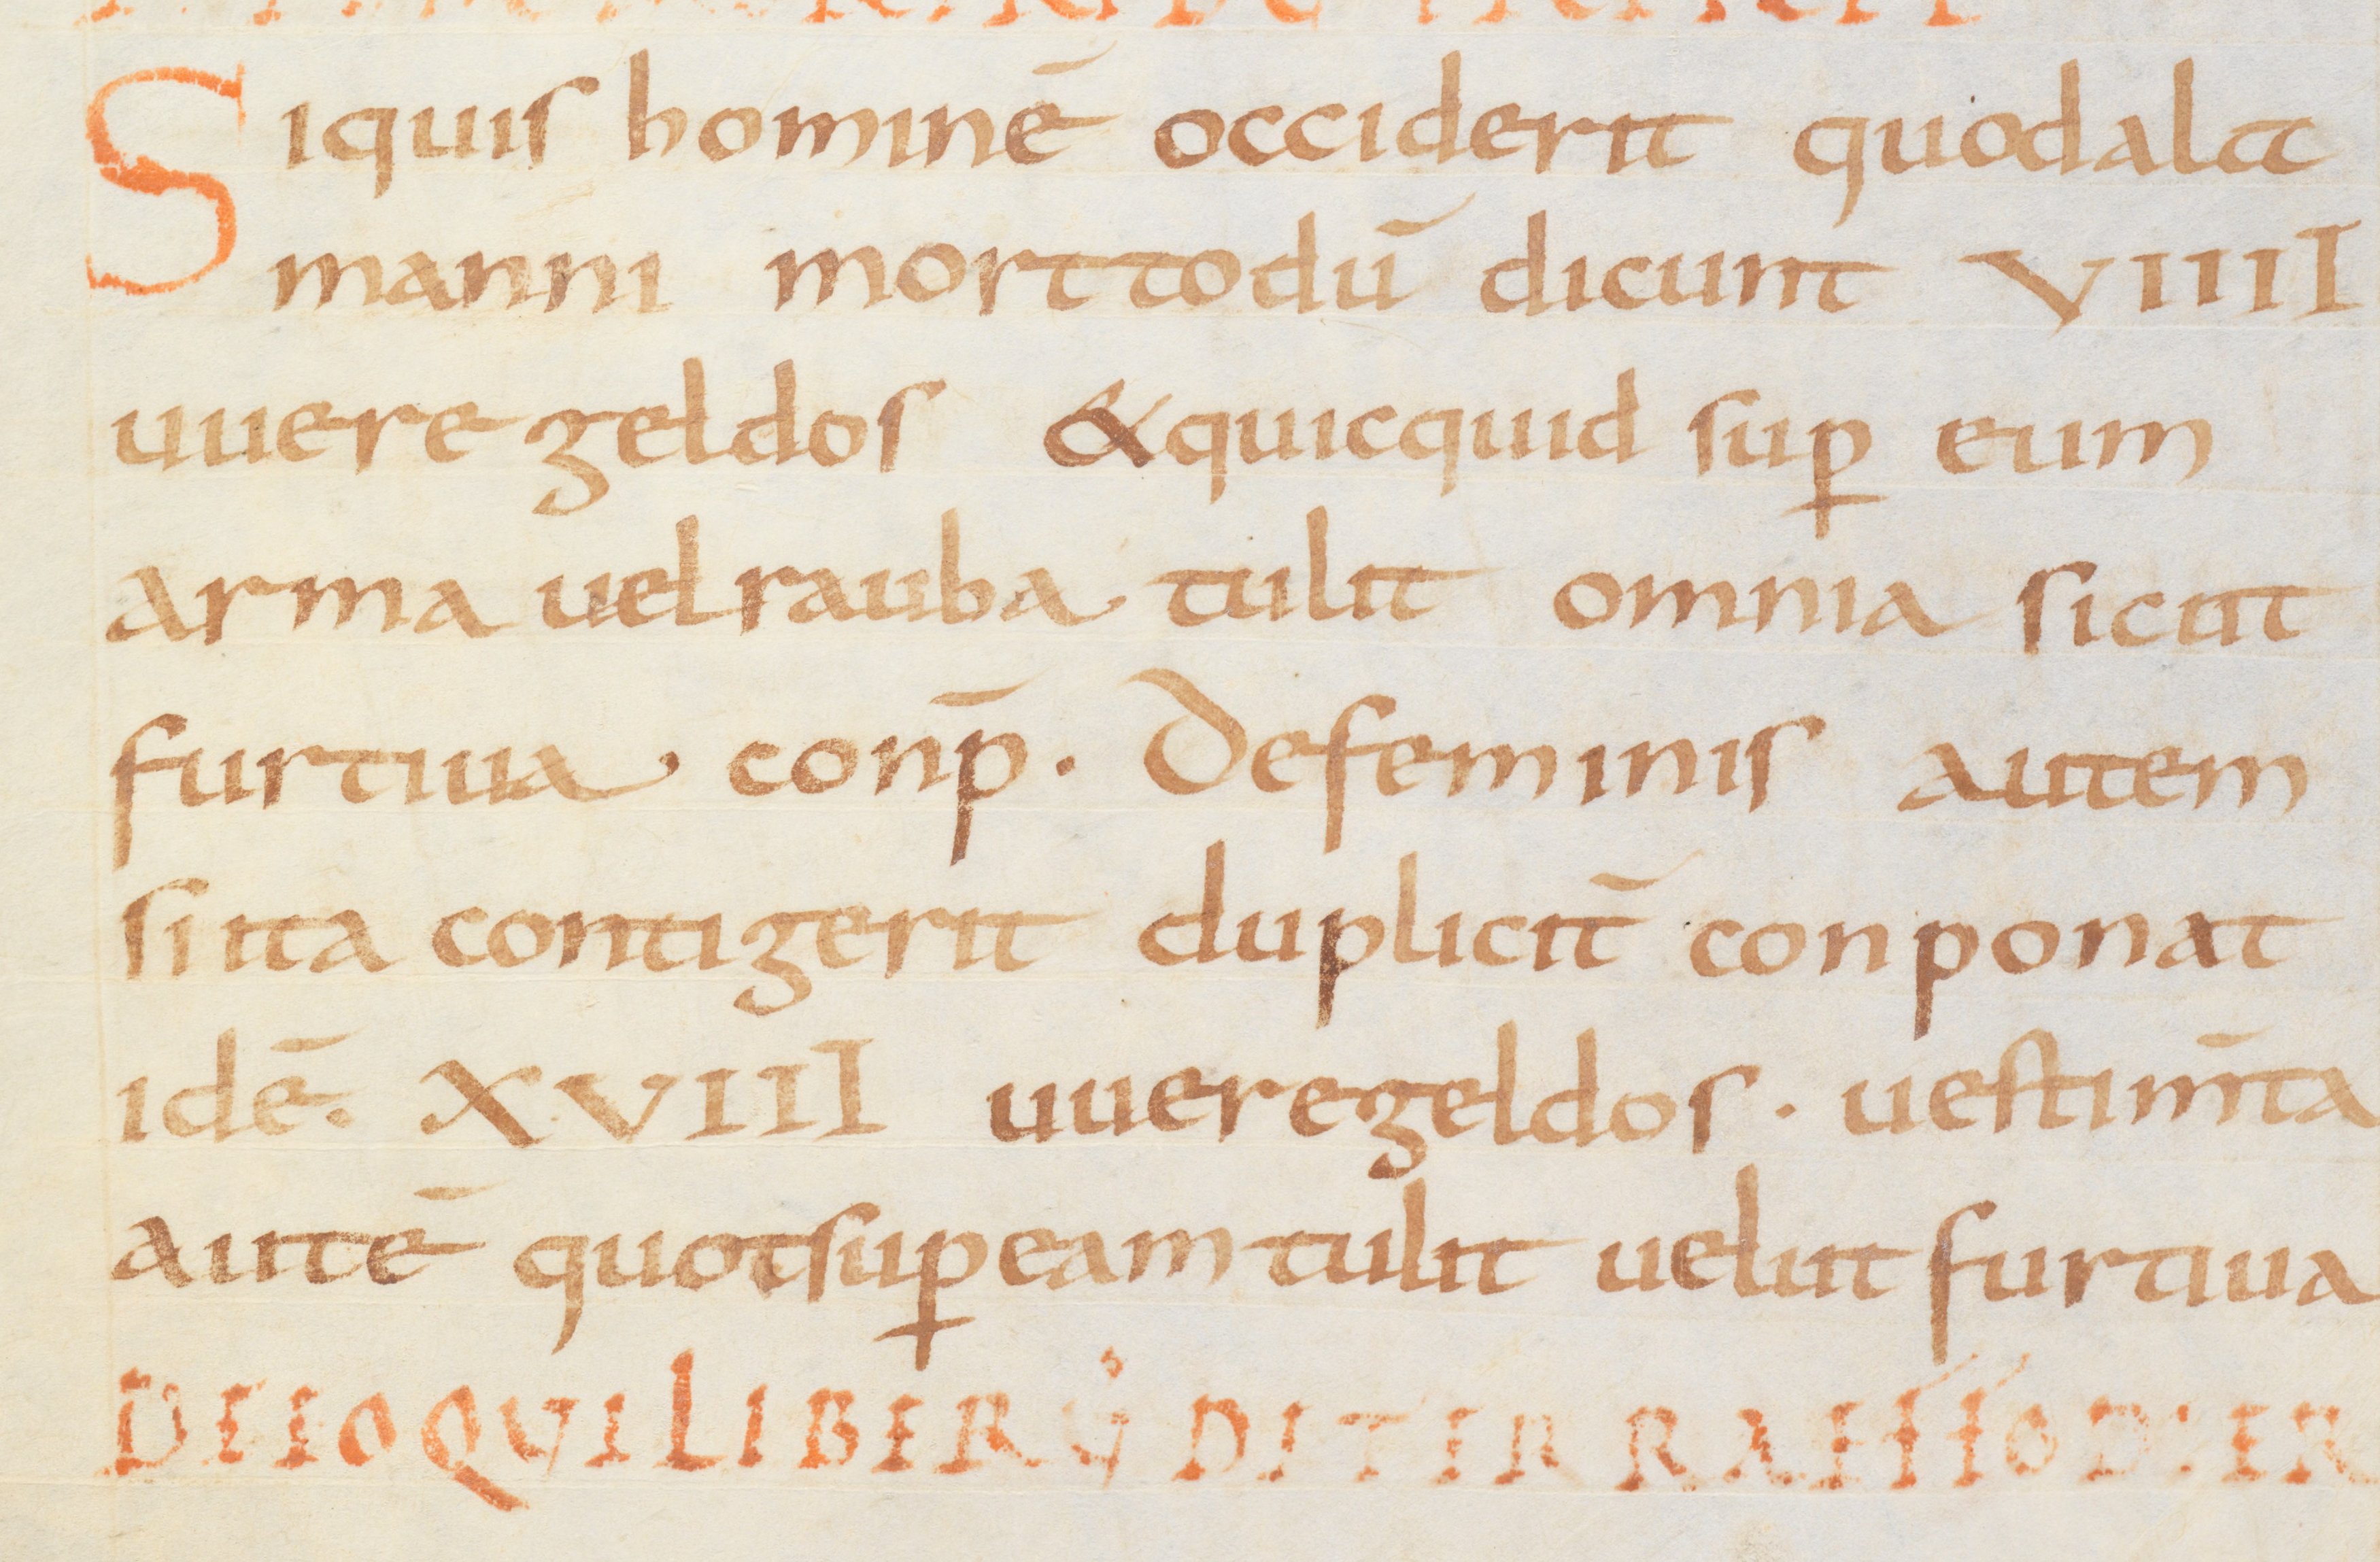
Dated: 875–899